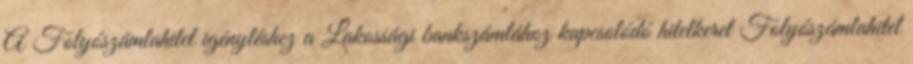
A Folyószámlahitel igényléshez a Lakossági bankszámlához kapcsolódó hitelkeret Folyószámlahitel